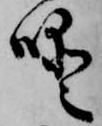
噯